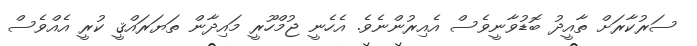
ސަރުކާރަށް ތާއީދު ބޮޑުވާނީވެސް އެއިރުންނެވެ. އެހެނީ ޖުމްހޫރީ މައިދާން ތަޔަރައްޤީ ކުރީ އެއްވެސް